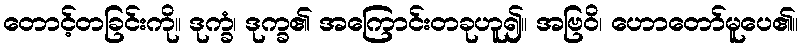
တောင့်တခြင်းကို။ ဒုက္ခံ၊ ဒုက္ခ၏ အကြောင်းတခုဟူ၍။ အဗြဝိ၊ ဟောတော်မူပေ၏။